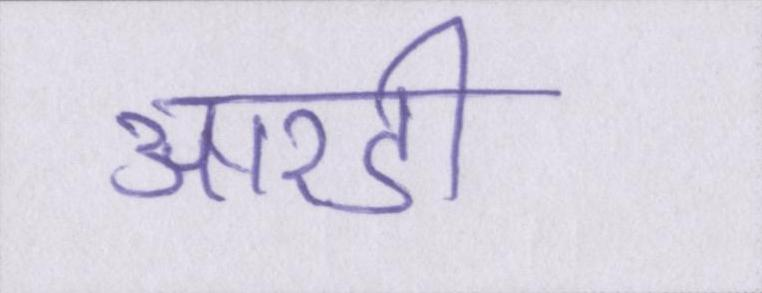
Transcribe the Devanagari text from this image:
आरडी